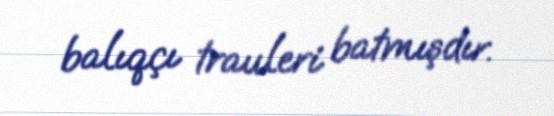
balıqçı trauleri batmışdır.